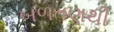
બળતણથી